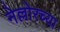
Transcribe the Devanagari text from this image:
नेल्लोरच्या